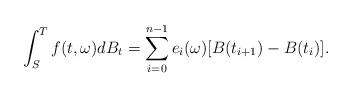
LaTeX: \begin{align*}\int^T_S f(t, \omega)dB_t = \displaystyle \sum \limits_{i = 0}^{n-1} e_{i}(\omega) [B(t_{i + 1}) - B(t_{i})].\end{align*}